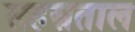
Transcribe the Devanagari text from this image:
सहस्रताल